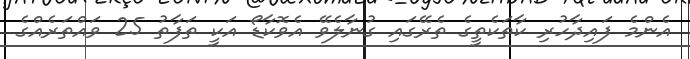
އެންމެ ފައިދާހުރި ކާތަކެތީގެ ތެރޭގައި ގުނާލެވޭ އެވޮކާޑޯ އަކީ ތަފާތު 25 ވައްތަރެއްގެ